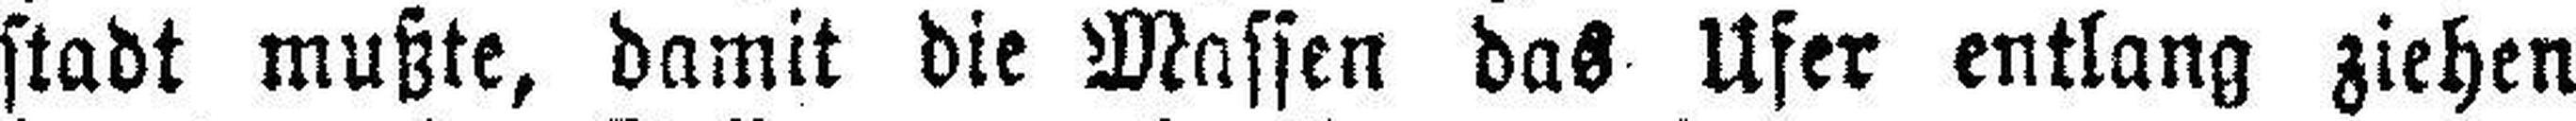
stadt mußte, damit die Massen das Ufer entlang ziehen